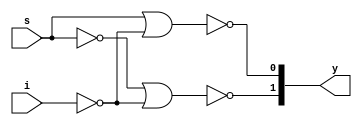
`timescale 1ns / 1ps
//////////////////////////////////////////////////////////////////////////////////
// Company: 
// Engineer: 
// 
// Design Name: 
// Module Name: demux_1x2_nor
// Project Name: 
// Target Devices: 
// Tool Versions: 
// Description: 
// 
// Dependencies: 
// 
// Revision:
// Revision 0.01 - File Created
// Additional Comments:
// 
//////////////////////////////////////////////////////////////////////////////////


module demux_1x2_nor(input i,s, output [1:0]y);
wire w1,w2;
nor n1(w1,i,i);
nor n2(w2,s,s);
nor n3(y[0],s,w1);
nor n4(y[1],w2,w1);
endmodule